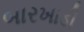
બારખાડી